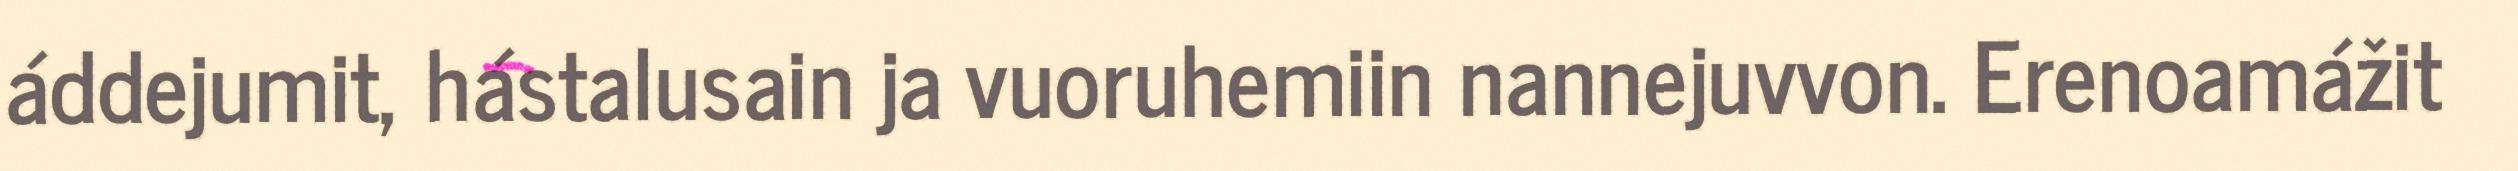
áddejumit, hástalusain ja vuoruhemiin nannejuvvon. Erenoamážit